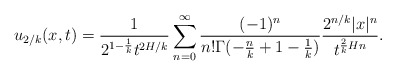
\begin{align*} u_{2/k}(x,t)=\frac{1}{2^{1-\frac{1}{k}}t^{2H/k}}\sum_{n=0}^{\infty}\frac{(-1)^n}{n!\Gamma(-\frac{n}{k}+1-\frac{1}{k})} \frac{2^{n/k}|x|^n}{t^{\frac{2}{k}Hn}}. \end{align*}